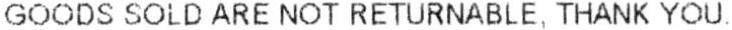
GOODS SOLD ARE NOT RETURNABLE, THANK YOU.